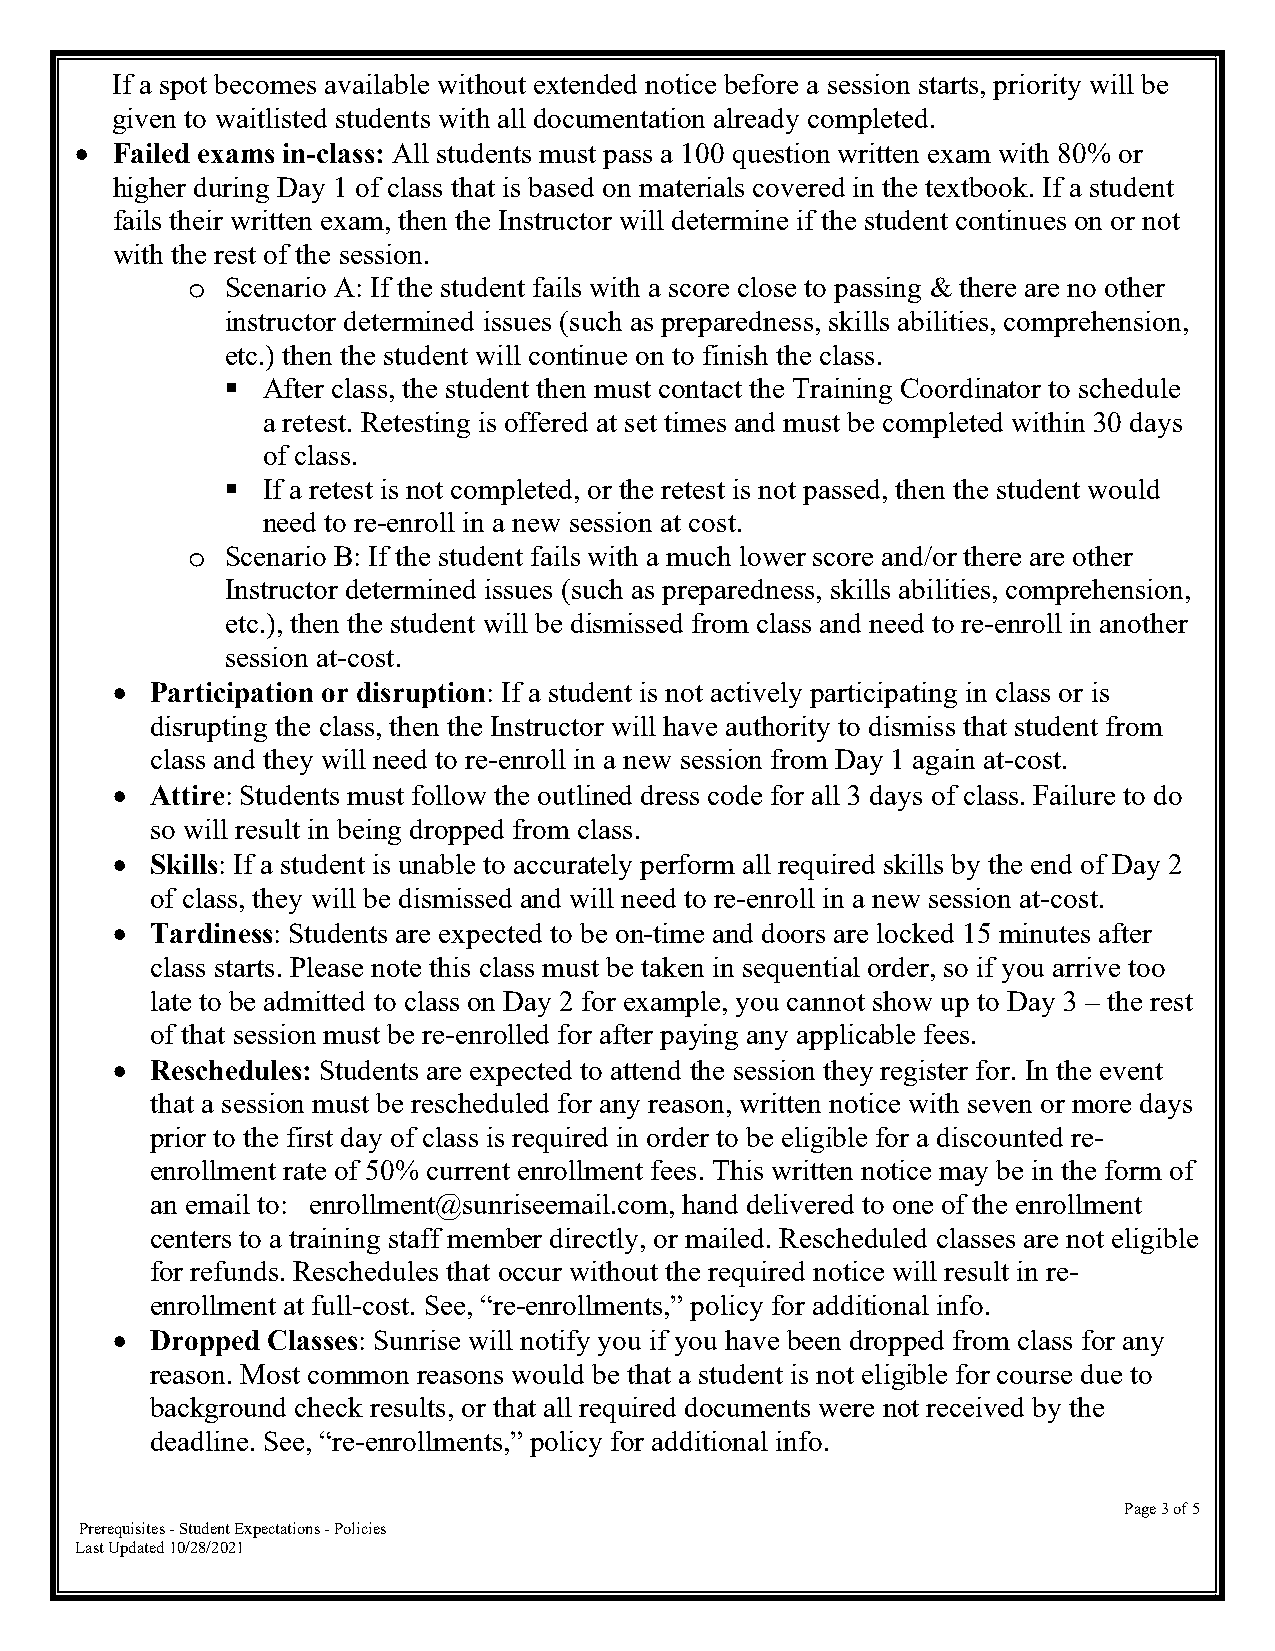
If a spot becomes available without extended notice before a session starts, priority will be
 given to waitlisted students with all documentation already completed.
  Failed exams in-class: All students must pass a 100 question written exam with 80% or
 higher during Day 1 of class that is based on materials covered in the textbook. If a student
 fails their written exam, then the Instructor will determine if the student continues on or not
 with the rest of the session.
 Scenario A: If the student fails with a score close to passing & there are no other
 o
 instructor determined issues (such as preparedness, skills abilities, comprehension,
 etc.) then the student will continue on to finish the class.
  After class, the student then must contact the Training Coordinator to schedule
 a retest. Retesting is offered at set times and must be completed within 30 days
 of class.
  If a retest is not completed, or the retest is not passed, then the student would
 need to re-enroll in a new session at cost.
 Scenario B: If the student fails with a much lower score and/or there are other
 o
 Instructor determined issues (such as preparedness, skills abilities, comprehension,
 etc.), then the student will be dismissed from class and need to re-enroll in another
 session at-cost.
   Participation or disruption: If a student is not actively participating in class or is
 disrupting the class, then the Instructor will have authority to dismiss that student from
 class and they will need to re-enroll in a new session from Day 1 again at-cost.
   Attire: Students must follow the outlined dress code for all 3 days of class. Failure to do
 so will result in being dropped from class.
   Skills: If a student is unable to accurately perform all required skills by the end of Day 2
 of class, they will be dismissed and will need to re-enroll in a new session at-cost.
   Tardiness: Students are expected to be on-time and doors are locked 15 minutes after
 class starts. Please note this class must be taken in sequential order, so if you arrive too
 late to be admitted to class on Day 2 for example, you cannot show up to Day 3 – the rest
 of that session must be re-enrolled for after paying any applicable fees.
   Reschedules: Students are expected to attend the session they register for. In the event
 that a session must be rescheduled for any reason, written notice with seven or more days
 prior to the first day of class is required in order to be eligible for a discounted re-
 enrollment rate of 50% current enrollment fees. This written notice may be in the form of
 an email to: enrollment@sunriseemail.com, hand delivered to one of the enrollment
 centers to a training staff member directly, or mailed. Rescheduled classes are not eligible
 for refunds. Reschedules that occur without the required notice will result in re-
 enrollment at full-cost. See, “re-enrollments,” policy for additional info.
   Dropped Classes: Sunrise will notify you if you have been dropped from class for any
 reason. Most common reasons would be that a student is not eligible for course due to
 background check results, or that all required documents were not received by the
 deadline. See, “re-enrollments,” policy for additional info.
 Page 3 of 5
 Prerequisites - Student Expectations - Policies
 Last Updated 10/28/2021